Annual administration and progress report of the Indian Medical Department, Bombay
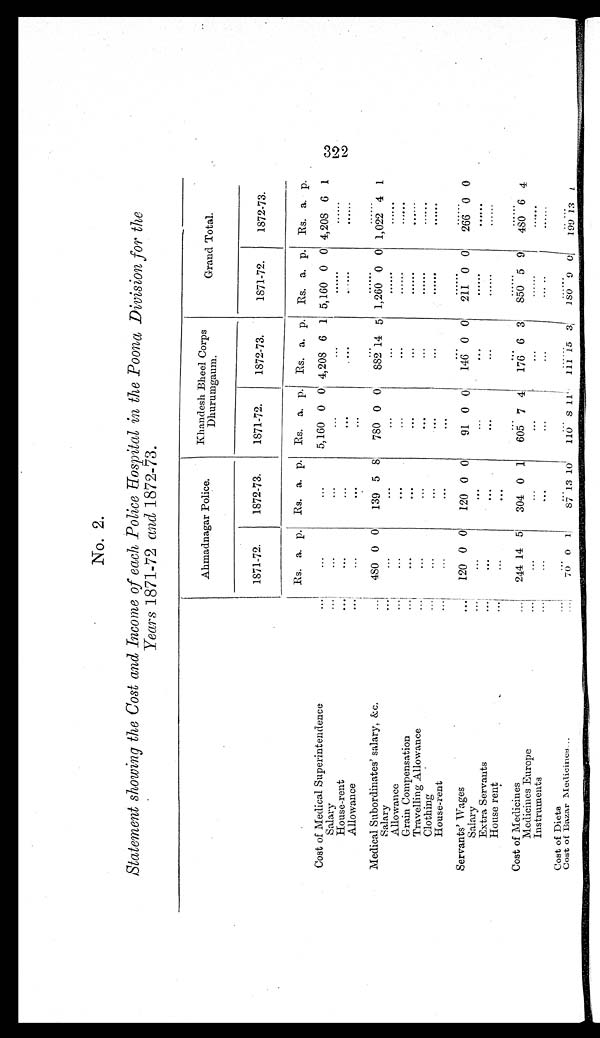
No. 2.
Statement showing the Cost and Income of each Police Hospital in the Poona Division for the
Years 1871-72 and 1872-73.
Ahmadnagar Police.
Khandesh Bheel Corps
Dhurumgaum.
Grand Total.
1871-72.
1872-73.
1871-72.
1872-73.
1871-72.
1872-73.
Rs. a. p.
Rs. a. p.
Rs. a. p.
Rs. a. p.
Rs. a. p.
Rs. a. p.
Cost of Medical Superintendence . . .
. . .
. . .
5,160 0 0 4,208 6 1 5,160 0 0 4,208 6 1
Salary . . .
. . .
. . .
. . .
. . .
. . .
. . .
House-rent . . .
. . .
. . .
. . .
. . .
. . .
. . .
Allowance . . .
. . .
. . .
. . .
. . .
. . .
. . .
Medical Subordinates' salary, &c. . . .
480 0 0
139 5 8
780 0 0
882 14 5 1,260 0 0 1,022 4 1
Salary . . .
. . .
. . .
. . .
. . .
. . .
. . .
Allowance . . .
. . .
. . .
. . . . . .
. . .
. . .
Grain Compensation . . .
. . .
. . .
. . .
. . .
. . .
. . .
Travelling Allowance . . .
. . .
. . .
. . .
. . .
. . .
. . .
Clothing . . .
. . .
. . .
. . .
. . . . . .
. . .
House-rent . . .
. . .
. . .
. . . . . .
. . .
. . .
Servants' Wages . . .
120 0 0
120 0 0
91 0 0
146 0 0
211 0 0
266 0 0
Salary . . .
. . .
. . .
. . .
. . .
. . .
. . .
Extra Servants . . .
. . .
. . .
. . .
. . .
. . .
. . .
House rent . . .
. . .
. . .
. . .
. . .
. . .
. . .
Cost of Medicines . . .
244 14 5
304 0 1
605 7 4
176 6 3
850 5 9
480 6 4
Medicines Europe . . .
. . .
. . .
. . .
. . .
. . .
. . .
Instruments . . .
. . .
. . .
. . .
. . . . . .
. . .
Cost of Diets . . .
. . .
. . .
. . . . . .
. . . . . .
Cost of Bazar Medicines . . .
70 0 1
87 13 10
110 8 11
111 1 5 3
180 9 0
199 13 1
322